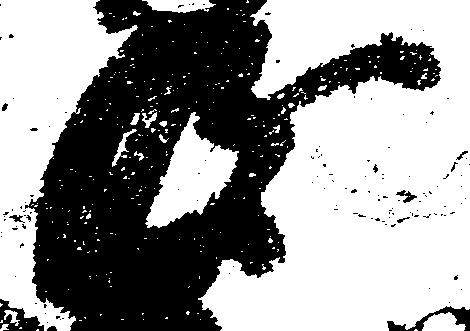
衛